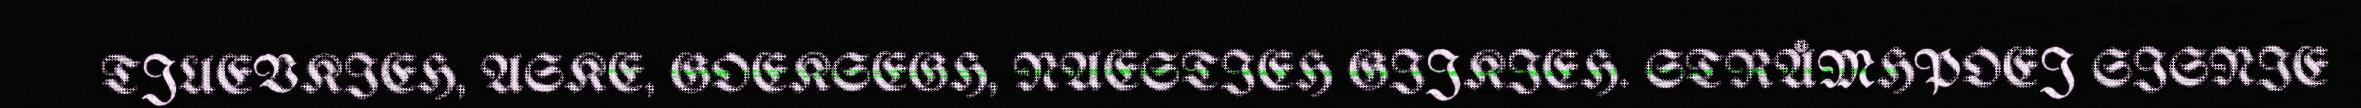
TJUEVKIEH, ASKE, GOEKSEGH, NAESTIEH GIJKIEH. STRÅMHPOEJ SISNIE